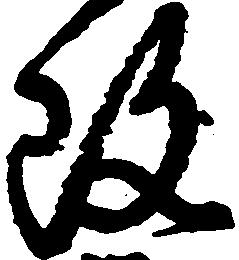
改